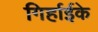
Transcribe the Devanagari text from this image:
गिर्हाईके